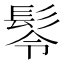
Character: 𩬔